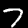
Label: 7